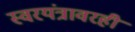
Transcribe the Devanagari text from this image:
स्वरयंत्रावरही